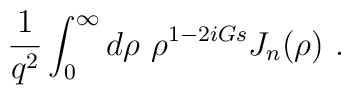
{1 \over q^2} \int_0^{\infty} d \rho ~\rho^{1-2iGs} J_n(\rho)~.